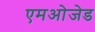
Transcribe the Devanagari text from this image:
एमओजेड